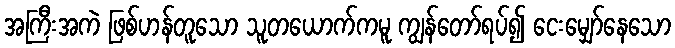
အကြီးအကဲ ဖြစ်ဟန်တူသော သူတယောက်ကမူ ကျွန်တော်ရပ်၍ ငေးမျှော်နေသော